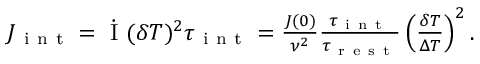
\begin{array} { r } { J _ { \mathrm { ~ i ~ n ~ t ~ } } = \dot { \mathrm { ~ I ~ } } ( \delta T ) ^ { 2 } \tau _ { \mathrm { ~ i ~ n ~ t ~ } } = \frac { J ( 0 ) } { \nu ^ { 2 } } \frac { \tau _ { \mathrm { ~ i ~ n ~ t ~ } } } { \tau _ { \mathrm { ~ r ~ e ~ s ~ t ~ } } } \left( \frac { \delta T } { \Delta T } \right) ^ { 2 } . } \end{array}